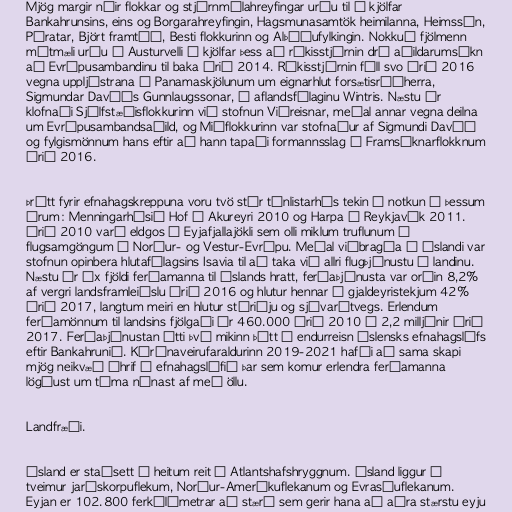
Mjög margir nýir flokkar og stjórnmálahreyfingar urðu til í kjölfar
Bankahrunsins, eins og Borgarahreyfingin, Hagsmunasamtök heimilanna, Heimssýn,
Píratar, Björt framtíð, Besti flokkurinn og Alþýðufylkingin. Nokkuð fjölmenn
mótmæli urðu á Austurvelli í kjölfar þess að ríkisstjórnin dró aðildarumsókn
að Evrópusambandinu til baka árið 2014. Ríkisstjórnin féll svo árið 2016
vegna uppljóstrana í Panamaskjölunum um eignarhlut forsætisráðherra,
Sigmundar Davíðs Gunnlaugssonar, í aflandsfélaginu Wintris. Næstu ár
klofnaði Sjálfstæðisflokkurinn við stofnun Viðreisnar, meðal annar vegna deilna
um Evrópusambandsaðild, og Miðflokkurinn var stofnaður af Sigmundi Davíð
og fylgismönnum hans eftir að hann tapaði formannsslag í Framsóknarflokknum
árið 2016.

Þrátt fyrir efnahagskreppuna voru tvö stór tónlistarhús tekin í notkun á þessum
árum: Menningarhúsið Hof á Akureyri 2010 og Harpa í Reykjavík 2011.
Árið 2010 varð eldgos í Eyjafjallajökli sem olli miklum truflunum á
flugsamgöngum í Norður- og Vestur-Evrópu. Meðal viðbragða á Íslandi var
stofnun opinbera hlutafélagsins Isavia til að taka við allri flugþjónustu á landinu.
Næstu ár óx fjöldi ferðamanna til Íslands hratt, ferðaþjónusta var orðin 8,2%
af vergri landsframleiðslu árið 2016 og hlutur hennar í gjaldeyristekjum 42%
árið 2017, langtum meiri en hlutur stóriðju og sjávarútvegs. Erlendum
ferðamönnum til landsins fjölgaði úr 460.000 árið 2010 í 2,2 milljónir árið
2017. Ferðaþjónustan átti því mikinn þátt í endurreisn íslensks efnahagslífs
eftir Bankahrunið. Kórónaveirufaraldurinn 2019-2021 hafði að sama skapi
mjög neikvæð áhrif á efnahagslífið þar sem komur erlendra ferðamanna
lögðust um tíma nánast af með öllu.

Landfræði.

Ísland er staðsett á heitum reit á Atlantshafshryggnum. Ísland liggur á
tveimur jarðskorpuflekum, Norður-Ameríkuflekanum og Evrasíuflekanum.
Eyjan er 102.800 ferkílómetrar að stærð sem gerir hana að aðra stærstu eyju